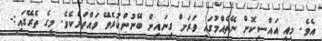
އެވެ. މިއީ އައްސިކޮށް ނޭތެއްމުގައި ވަރަށް ގިނައިން ބޭނުންކުރެވޭ ވައްތަރެކެވެ. މީގެ ތެރޭގައި:-